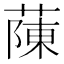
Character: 蔯